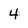
Character: 4